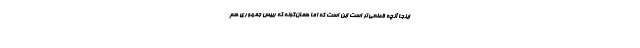
اینجا آنچه قطعی‌تر است این است که اما همان‌گونه که رییس جمهوری هم